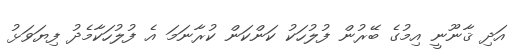
އަދި ޤާނޫނީ އިމުގެ ބޭރުން ފުލުހަކު ކަންކަން ކުރާނަމަ އެ ފުލުހަކާމެދު ފިޔަވަޅު